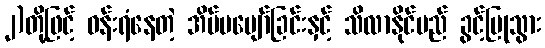
၂)တို့ဖြင့် ဝန်းရံနေတဲ့ အိပ်မပျော်ခြင်းနှင့် သိလာနိုင်မည် ခွင့်ပြုသွား